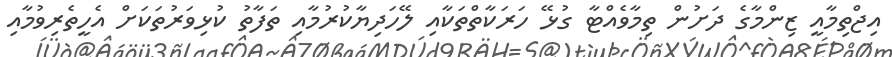
އިޖްތިމާއީ ޒިންމާގެ ދަށުން ތިމާވެއްޓާ ގުޅޭ ހަރަކާތްތަކާއި ލޭހަދިޔާކުރުމާއި ތަފާތު ކުޅިވަރުތަކަށް އެހީތެރިވުމާއި